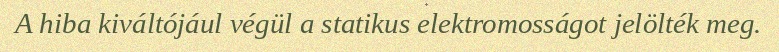
A hiba kiváltójául végül a statikus elektromosságot jelölték meg.